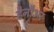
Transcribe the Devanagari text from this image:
हैनौअर